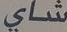
شاي